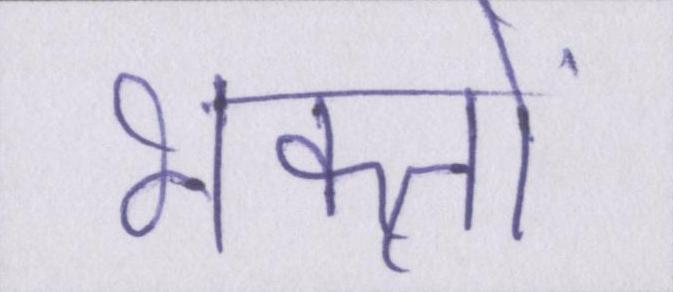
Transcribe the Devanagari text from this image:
भक्तों